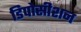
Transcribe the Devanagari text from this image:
डिपोसीशन